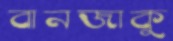
বানজাকু